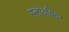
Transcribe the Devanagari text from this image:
स्लोथबियर